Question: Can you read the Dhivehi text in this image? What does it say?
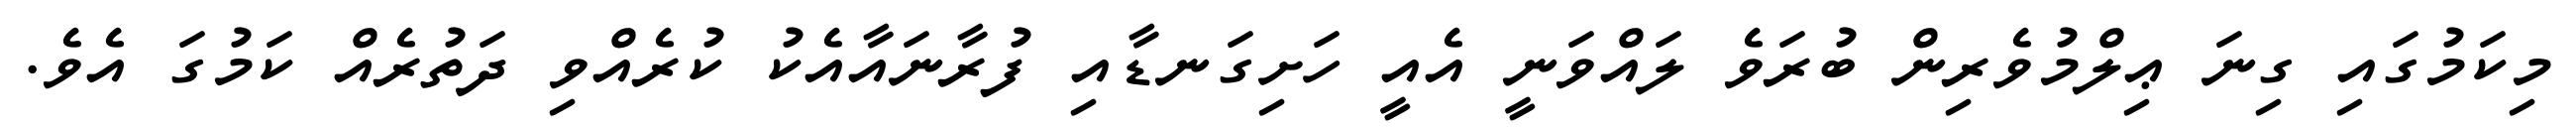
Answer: މިކަމުގައި ގިނަ ޢިލްމުވެރިން ބުރަވެ ލައްވަނީ އެއީ ހަށިގަނޑާއި ފުރާނައާއެކު ކުރެއްވި ދަތުރެއް ކަމުގަ އެވެ.